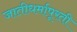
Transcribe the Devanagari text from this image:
जातीधर्मापूरती